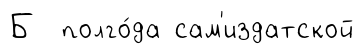
Б полго́да сам'издатской